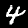
Label: 4